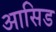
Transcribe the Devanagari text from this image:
आसिड